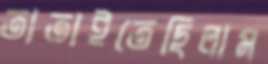
তাতাইতেছিলাম